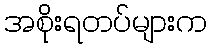
အစိုးရတပ်များက